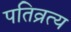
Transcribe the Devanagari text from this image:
पतिव्रत्य